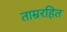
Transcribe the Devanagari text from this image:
ताम्ररहित